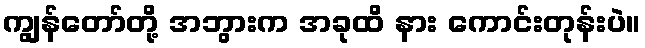
ကျွန်တော်တို့ အဘွားက အခုထိ နား ကောင်းတုန်းပဲ။